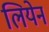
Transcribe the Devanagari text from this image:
लियेन